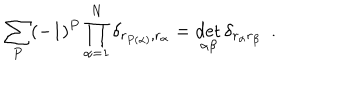
LaTeX: \sum _ { P } ( - 1 ) ^ { P } \prod _ { \alpha = 1 } ^ { N } \delta _ { r _ { P ( \alpha ) } , r _ { \alpha } } = \det _ { \alpha \beta } \delta _ { r _ { \alpha } r _ { \beta } } \ \ .